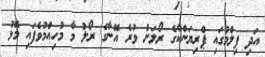
އަދި ފިލްމުގައި ޕްރިޔަންކާގެ ރޯލަށް ވުރެ އޭނާގެ ރޯލު މާ މުހިއްމުވެފައި މޮޅު